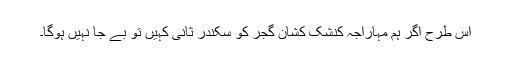
اس طرح اگر ہم مہاراجہ کنشک کشان گجر کو سکندرِ ثانی کہیں تو بے جا نہیں ہوگا۔